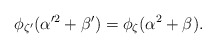
\begin{align*}\phi_{\zeta'}(\alpha'^2 + \beta') = \phi_\zeta(\alpha^2+\beta).\end{align*}